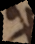
es